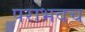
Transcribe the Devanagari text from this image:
पराभवच